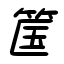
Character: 筺